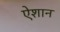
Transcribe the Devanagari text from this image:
ऐशान